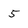
Character: 5